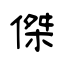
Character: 傑